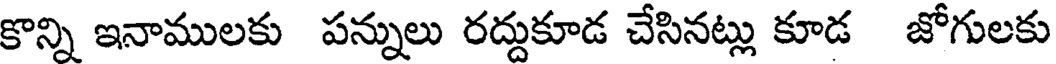
కొన్ని ఇనాములకు పన్నులు రద్దుకూడ చేసినట్లు కూడ జోగులకు